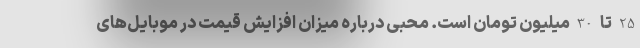
25 تا 30 میلیون تومان است. محبی درباره میزان افزایش قیمت در موبایل‌های